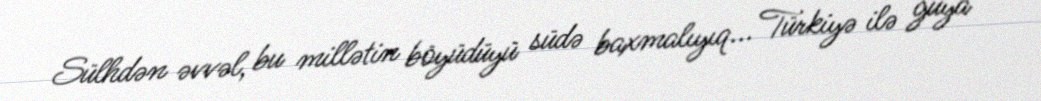
Sülhdən əvvəl, bu millətin böyüdüyü südə baxmalıyıq... Türkiyə ilə guya